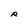
Character: R